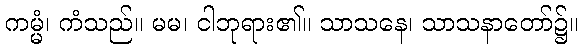
ကမ္မံ၊ ကံသည်။ မမ၊ ငါဘုရား၏။ သာသနေ၊ သာသနာတော်၌။